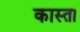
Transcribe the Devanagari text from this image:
कास्ता